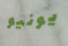
يونيو